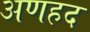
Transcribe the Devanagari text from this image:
अणहद